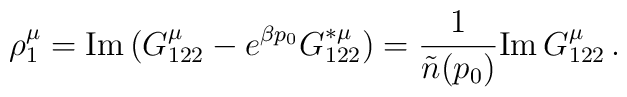
\rho^\mu_1 = {\rm Im\,} (G_{122}^\mu - e^{\beta p_0}G_{122}^{*\mu})   = {1\over \tilde n(p_0)} {\rm Im\, } G_{122}^\mu \, .